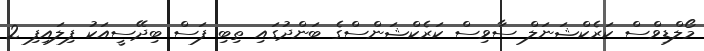
މޯލްޑިވްސް ކަރެކްޝަނަލް ސާވިސް ކަރެކްޝަންސްގެ ބަންދުގައި ތިބި ފަސް ބިދޭސީއަކު ފިލައިފި 2